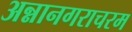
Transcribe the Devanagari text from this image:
अन्नानगराचरम